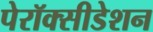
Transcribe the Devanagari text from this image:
पेरॉक्सीडेशन